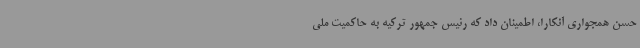
حسن همجواری آنکارا، اطمینان داد که رئیس جمهور ترکیه به حاکمیت ملی